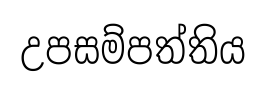
උපසම්පත්තිය